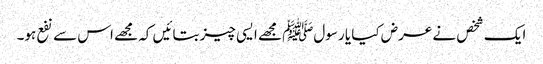
ایک شخص نے عرض کیا یا رسولﷺ مجھے ایسی چیز بتائیں کہ مجھے اس سے نفع ہو۔